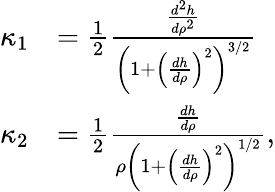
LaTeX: \begin{array}{rl}{\kappa_{1}}&{=\frac{1}{2}\frac{\frac{d^{2}h}{d\rho^{2}}}{\left(1+\left(\frac{dh}{d\rho}\right)^{2}\right)^{3/2}}}\\ {\kappa_{2}}&{=\frac{1}{2}\frac{\frac{dh}{d\rho}}{\rho\left(1+\left(\frac{dh}{d\rho}\right)^{2}\right)^{1/2}},}\end{array}